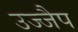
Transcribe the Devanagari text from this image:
उज्जैप